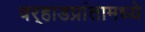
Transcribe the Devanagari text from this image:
वर्‍हाडप्रांतामध्ये